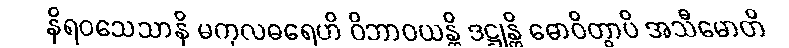
နိရဝသေသာနိ မကုလဓရေဟိ ဝိဘာဝယန္တိ ဒဋ္ဌုန္တိ ဓောဝိတွာပိ အသီမောတိ